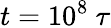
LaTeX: t=10^{8}~\tau